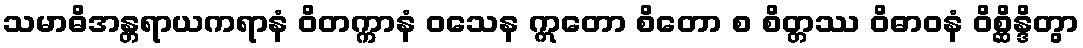
သမာဓိအန္တရာယကရာနံ ဝိတက္ကာနံ ဝသေန ဣတော စိတော စ စိတ္တဿ ဝိဓာဝနံ ဝိစ္ဆိန္ဒိတွာ